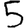
Digit: 5